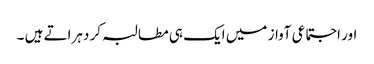
اور اجتماعی آواز میں ایک ہی مطالبہ کر دہراتے ہیں ۔